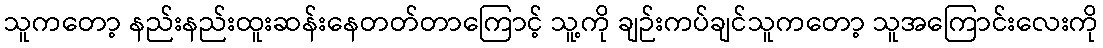
သူကတော့ နည်းနည်းထူးဆန်းနေတတ်တာကြောင့် သူ့ကို ချဉ်းကပ်ချင်သူကတော့ သူအကြောင်းလေးကို